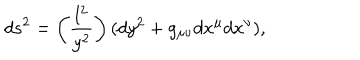
d s ^ { 2 } = \left( \frac { l ^ { 2 } } { y ^ { 2 } } \right) ( d y ^ { 2 } + g _ { \mu \nu } d x ^ { \mu } d x ^ { \nu } ) ,